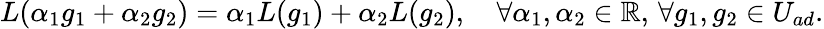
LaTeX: L(\alpha_{1}g_{1}+\alpha_{2}g_{2})=\alpha_{1}L(g_{1})+\alpha_{2}L(g_{2}),\quad\forall\alpha_{1},\alpha_{2}\in\mathbb{R},\, \forall g_{1},g_{2}\in U_{ad}.